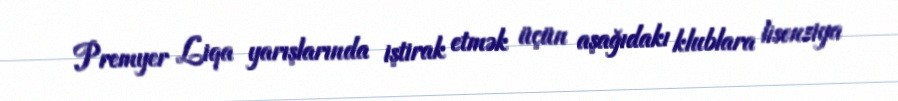
Premyer Liqa yarışlarında iştirak etmək üçün aşağıdakı klublara lisenziya